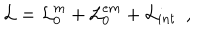
LaTeX: { \cal L } = { \cal L } _ { 0 } ^ { m } + { \cal L } _ { 0 } ^ { e m } + { \cal L } _ { i n t } \, \, \, ,